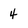
Character: 4